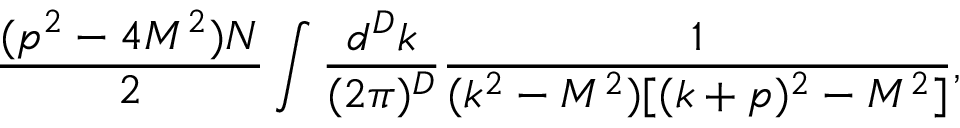
\frac { ( p ^ { 2 } - 4 M ^ { 2 } ) N } 2 \int \frac { d ^ { D } k } { ( 2 \pi ) ^ { D } } \frac { 1 } { ( k ^ { 2 } - M ^ { 2 } ) [ ( k + p ) ^ { 2 } - M ^ { 2 } ] } ,